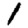
Digit: 1